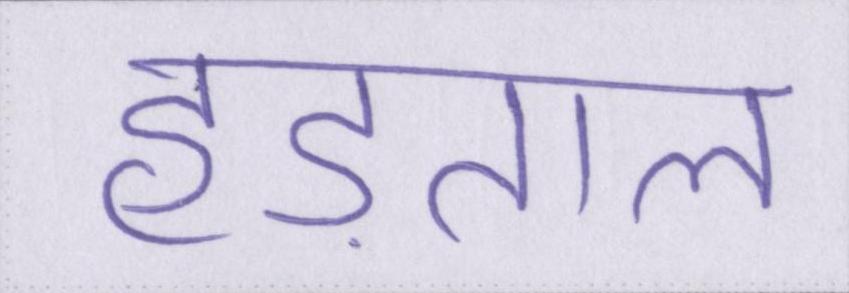
हड़ताल